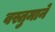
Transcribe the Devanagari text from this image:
वस्तुमाने